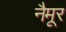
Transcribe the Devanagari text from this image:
नैमूर